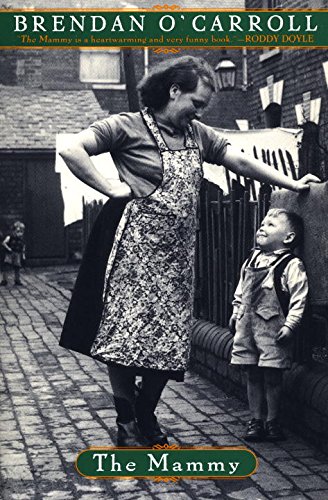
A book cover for The Mammy; Brendan O'Carroll; Literature & Fiction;